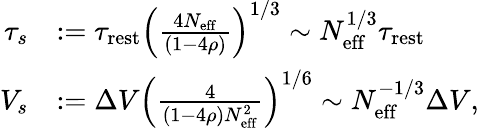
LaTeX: \begin{array}{rl}{\tau_{s}}&{:=\tau_{\mathrm{rest}}\left(\frac{4N_{\mathrm{eff}}}{(1-4\rho)}\right)^{1/3}\sim N_{\mathrm{eff}}^{1/3}\tau_{\mathrm{rest}}}\\ {V_{s}}&{:=\Delta V\left(\frac{4}{(1-4\rho)N_{\mathrm{eff}}^{2}}\right)^{1/6}\sim N_{\mathrm{eff}}^{-1/3}\Delta V,}\end{array}